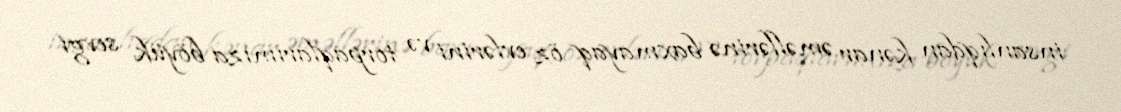
insanlıqdan kənar əməllərinə baxmayaq öz evlərini və torpaqlarımıza böyük sevgi